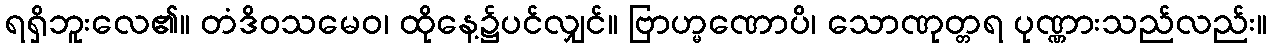
ရရှိဘူးလေ၏။ တံဒိဝသမေဝ၊ ထိုနေ့၌ပင်လျှင်။ ဗြာဟ္မဏောပိ၊ သောဏုတ္တရ ပုဏ္ဏားသည်လည်း။